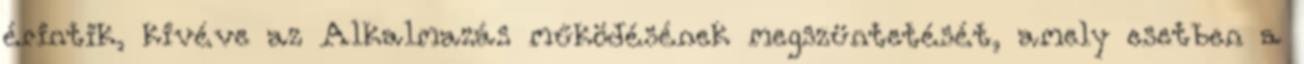
érintik, kivéve az Alkalmazás működésének megszüntetését, amely esetben a